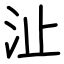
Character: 沚